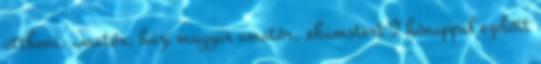
otthoni, amatőr, házi magyar amatőr, xhamstert 2 hónappal ezelőtt